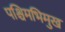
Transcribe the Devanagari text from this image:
पश्चिमभिमुख